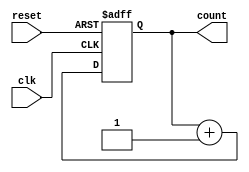

`timescale 1ns / 1ps



//////////////////////////////////////////////////////////////////////////////////

module counter( clk, count, reset );


//registers and wires		


// IO pins
input wire clk;

input wire reset;

output reg [7:0] count;

//-----

always @ (posedge clk or posedge reset)
begin
  if (reset)
     count  <= 0;
  else
	 	count <= count+1;
end


endmodule